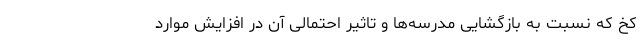
کخ که نسبت به بازگشایی مدرسه‌ها و تاثیر احتمالی آن در افزایش موارد